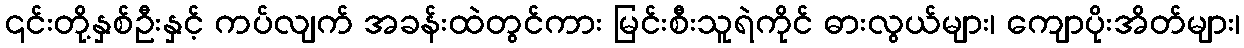
၎င်းတို့နှစ်ဦးနှင့် ကပ်လျက် အခန်းထဲတွင်ကား မြင်းစီးသူရဲကိုင် ဓားလွယ်များ၊ ကျောပိုးအိတ်များ၊